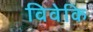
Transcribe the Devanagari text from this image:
विवेकि